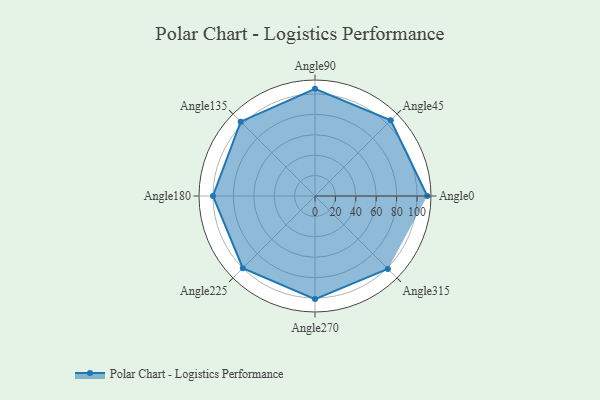
{"axis": {"x": "Angle", "y": "Radius"}, "legend": [""], "data": [{"x": "Angle0", "y": 110.0, "type": ""}, {"x": "Angle45", "y": 105.0, "type": ""}, {"x": "Angle90", "y": 105.0, "type": ""}, {"x": "Angle135", "y": 103.0, "type": ""}, {"x": "Angle180", "y": 100.0, "type": ""}, {"x": "Angle225", "y": 100.0, "type": ""}, {"x": "Angle270", "y": 101.0, "type": ""}, {"x": "Angle315", "y": 101.0, "type": ""}]}